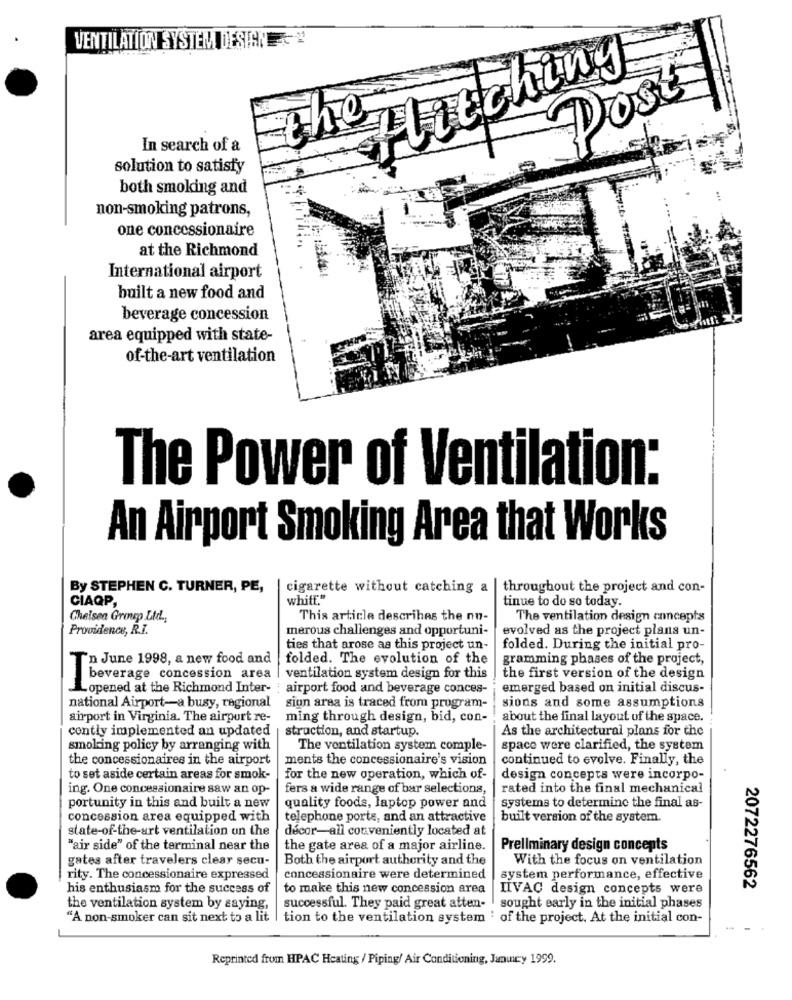
VENTILATION SYSTEM DESIGNE
Hitching
Post
the
In search of a
solution to satisfy
both smoking and
non-smoking patrons,
one concessionaire
at the Richmond
International airport
built a new food and
beverage concession
area equipped with state-
of-the-art ventilation
The Power of Ventilation:
An Airport Smoking Area that Works
By STEPHEN C. TURNER, PE,
cigarette without catching a
throughout the project and con-
CIAQP,
whitt."
tinue to do so today.
Chelsea Group Ltd .,
This article describes the no-
The ventilation design concepts
Providence, R.I.
merous challenges and opportuni-
evolved as the project plans un-
ties that arose as this project un-
folded. During the initial pro-
'n June 1998, a new food and
folded. The evolution of the
gramming phases of the project,
beverage concession area | ventilation system design for this
the first version of the design
Lopened at the Richmond Inter- : airport food and beverage conces-
emerged based on initial discus-
sions and some assumptions
national Airport-a busy, regional
sion area is traced from program-
ann-port in Virginia. The airport re-
ming through design, bid, con-
about the final layout of the space.
contly implemented an updated
struction, and startup.
As the architectural plans for the
smoking policy by arranging with
The ventilation system comple-
space were clarified, the system
the concessionaires in the airport
ments the concessionaire's vision
continued to evolve. Finally, the
to set aside certain areas for smok-
for the new operation, which of-
design concepts were incorpo-
ing. One concessionaire saw an op-
fers a wide range of bar selections,
rated into the final mechanical
portunity in this and built a new
quality foods, laptop power and
systems to determine the final as-
concession area equipped with
telephone ports, and an attractive
built version of the system.
state-of-the-art ventilation on the
décor-all conveniently located at
"air side" of the terminal near the
the gate area of a major airline.
Preliminary design concepts
gates after travelers clear secu-
Both the airport authority and the
With the focus on ventilation
rity. The concessionaire expressed
concessionaire were determined
system performance, effective
2072276562
his enthusiasm for the success of
to make this new concession area
IIVAC design concepts were
the ventilation system by saying,
successful. They paid great atten-
sought early in the initial phases
"A non-smoker can sit next to a lit | tion to the ventilation system ' of the project. At the initial con-
-
Reprinted from HPAC Heating / Piping/ Air Conditioning, January 1999.